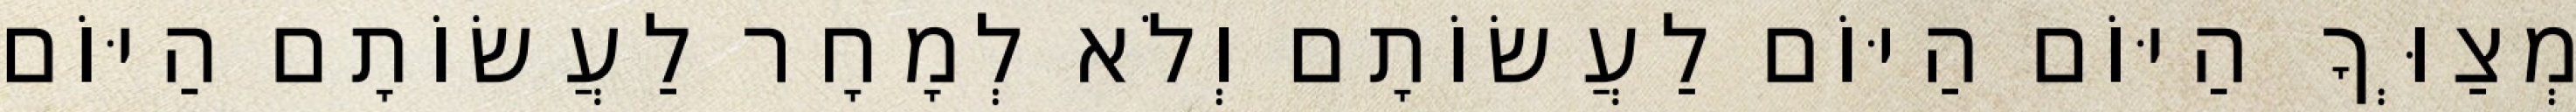
מְצַוְּךָ הַיּוֹם הַיּוֹם לַעֲשׂוֹתָם וְלֹא לְמָחָר לַעֲשׂוֹתָם הַיּוֹם